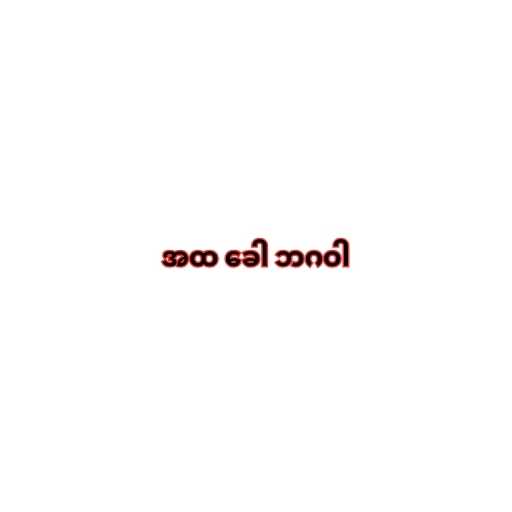
အထ ခေါ ဘဂဝါ